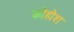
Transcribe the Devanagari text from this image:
कोहोश